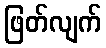
ဖြတ်လျက်